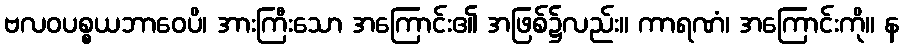
ဗလဝပစ္စယဘာဝေပိ၊ အားကြီးသော အကြောင်း၏ အဖြစ်၌လည်း။ ကာရဏံ၊ အကြောင်းကို။ န